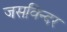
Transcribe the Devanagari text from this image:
जसविन्दर